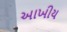
આખીય